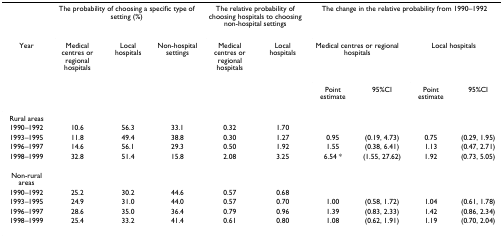
<table><thead><tr><td></td><td colspan="3"><b>The probability of choosing a specific type of setting (%)</b></td><td colspan="2"><b>The relative probability of choosing hospitals to choosing non-hospital settings</b></td><td colspan="4"><b>The change in the relative probability from 1990–1992</b></td></tr><tr><td><b>Year</b></td><td><b>Medical centres or regional hospitals</b></td><td><b>Local hospitals</b></td><td><b>Non-hospital settings</b></td><td><b>Medical centres or regional hospitals</b></td><td><b>Local hospitals</b></td><td colspan="2"><b>Medical centres or regional hospitals</b></td><td colspan="2"><b>Local hospitals</b></td></tr><tr><td></td><td></td><td></td><td></td><td></td><td></td><td><b>Point estimate</b></td><td><b>95%CI</b></td><td><b>Point estimate</b></td><td><b>95%CI</b></td></tr></thead><tbody><tr><td>Rural areas</td><td></td><td></td><td></td><td></td><td></td><td></td><td></td><td></td><td></td></tr><tr><td>1990–1992</td><td>10.6</td><td>56.3</td><td>33.1</td><td>0.32</td><td>1.70</td><td></td><td></td><td></td><td></td></tr><tr><td>1993–1995</td><td>11.8</td><td>49.4</td><td>38.8</td><td>0.30</td><td>1.27</td><td>0.95</td><td>(0.19, 4.73)</td><td>0.75</td><td>(0.29, 1.95)</td></tr><tr><td>1996–1997</td><td>14.6</td><td>56.1</td><td>29.3</td><td>0.50</td><td>1.92</td><td>1.55</td><td>(0.38, 6.41)</td><td>1.13</td><td>(0.47, 2.71)</td></tr><tr><td>1998–1999</td><td>32.8</td><td>51.4</td><td>15.8</td><td>2.08</td><td>3.25</td><td>6.54 *</td><td>(1.55, 27.62)</td><td>1.92</td><td>(0.73, 5.05)</td></tr><tr><td>Non-rural areas</td><td></td><td></td><td></td><td></td><td></td><td></td><td></td><td></td><td></td></tr><tr><td>1990–1992</td><td>25.2</td><td>30.2</td><td>44.6</td><td>0.57</td><td>0.68</td><td></td><td></td><td></td><td></td></tr><tr><td>1993–1995</td><td>24.9</td><td>31.0</td><td>44.0</td><td>0.57</td><td>0.70</td><td>1.00</td><td>(0.58, 1.72)</td><td>1.04</td><td>(0.61, 1.78)</td></tr><tr><td>1996–1997</td><td>28.6</td><td>35.0</td><td>36.4</td><td>0.79</td><td>0.96</td><td>1.39</td><td>(0.83, 2.33)</td><td>1.42</td><td>(0.86, 2.34)</td></tr><tr><td>1998–1999</td><td>25.4</td><td>33.2</td><td>41.4</td><td>0.61</td><td>0.80</td><td>1.08</td><td>(0.62, 1.91)</td><td>1.19</td><td>(0.70, 2.04)</td></tr></tbody></table>